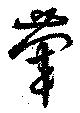
葷